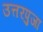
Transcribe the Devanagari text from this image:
उत्तरपुजा